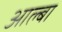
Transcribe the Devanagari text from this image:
आल्बा